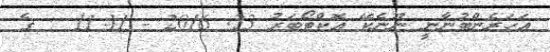
އަހަރެންބުނާނީ ނޫނެކޭ އޮކްޓޯބަރު 23